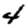
Digit: 4